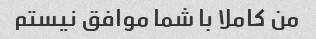
من کاملا با شما موافق نیستم